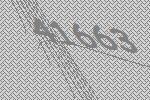
41663